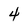
Character: 4